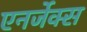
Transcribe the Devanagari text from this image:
एनर्जेक्स